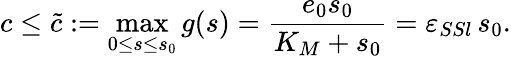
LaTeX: c\leq\widetilde c:=\operatorname*{max}_{0\leq s\leq s_{0}}g(s)=\frac{e_{0}s_{0}}{K_{M}+s_{0}}=\varepsilon_{SSl}\, s_{0}.